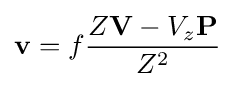
\mathbf {v} =f{\frac {Z\mathbf {V} -V_{z}\mathbf {P} }{Z^{2}}}